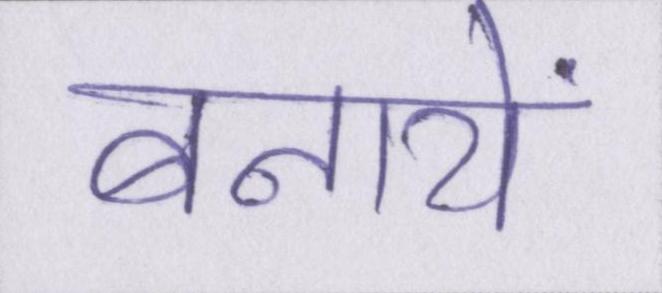
बनायें